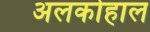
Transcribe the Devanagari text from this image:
अलकोहाल